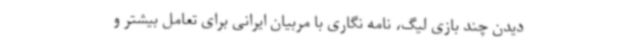
دیدن چند بازی لیگ، نامه نگاری با مربیان ایرانی برای تعامل بیشتر و